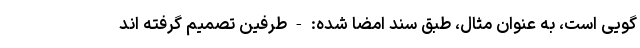
گویی است، به عنوان مثال، طبق سند امضا شده: - طرفین تصمیم گرفته اند